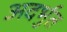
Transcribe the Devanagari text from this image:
अदर्भुत